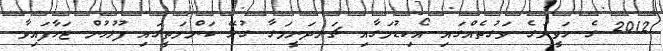
2012 ގެ ހަވީރުގެ ވަގުތެއްގައި އޯކިޑުމަގާއި ޗަނދަނީމަގާ ގުޅޭ ކަންމަތީގައި ފުލުހުން ޖަހާފައިވާ